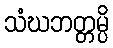
သံဃဘတ္တမ္ပိ